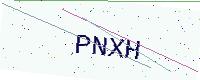
Text: PNXH